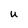
Character: u